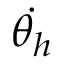
{ \dot { \theta _ { h } } }